Vaccination in the Punjab 1867-1880 - 1867-1880
Year: 1867
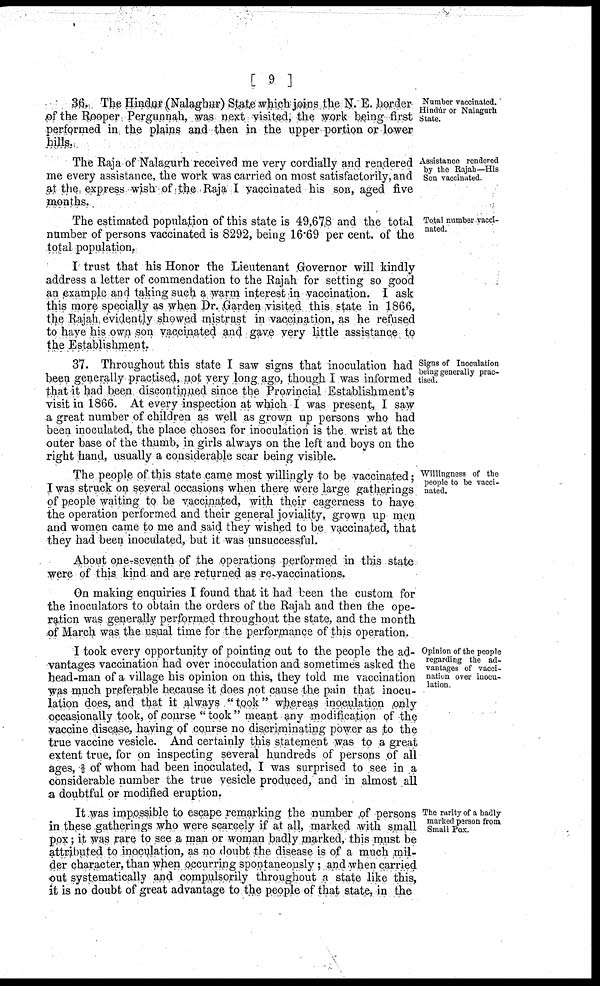
[ 9 ]
Number vaccinated.
Hindúr or Nalagurh
State.
36. The Hindur (Nalaghur) State which joins the N. E. border
of the Rooper Pergunnah, was next visited, the work being first
performed in the plains and then in the upper portion or lower
hills.
Assistance rendered
by the Rajah—His
Son vaccinated.
The Raja of Nalagurh received me very cordially and rendered
me every assistance, the work was carried on most satisfactorily, and
at the express wish of the Raja I vaccinated his son, aged five
months.
Total number vacci
nated.
The estimated population of this state is 49,678 and the total
number of persons vaccinated is 8292, being 16.69 per cent. of the
total population.
I trust that his Honor the Lieutenant Governor will kindly
address a letter of commendation to the Rajah for setting so good
an example and taking such a warm interest in vaccination. I ask
this more specially as when Dr. Garden visited this state in 1866,
the Rajah evidently showed mistrust in vaccination, as he refused
to have his own son vaccinated and gave very little assistance to
the Establishment.
Signs of Inoculation
being generally prac
tised.
37. Throughout this state I saw signs that inoculation had
been generally practised, not very long ago, though I was informed
that it had been discontinued since the Provincial Establishment's
visit in 1866. At every inspection at which I was present, I saw
a great number of children as well as grown up persons who had
been inoculated, the place chosen for inoculation is the wrist at the
outer base of the thumb, in girls always on the left and boys on the
right hand, usually a considerable scar being visible.
Willingness of the
people to be vacci
nated.
The people of this state came most willingly to be vaccinated;
I was struck on several occasions when there were large gatherings
of people waiting to be vaccinated, with their eagerness to have
the operation performed and their general joviality, grown up men
and women came to me and said they wished to be vaccinated, that
they had been inoculated, but it was unsuccessful.
About one-seventh of the operations performed in this state
were of this kind and are returned as re-vaccinations.
On making enquiries I found that it had been the custom for
the inoculators to obtain the orders of the Rajah and then the ope
ration was generally performed throughout the state, and the month
of March was the usual time for the performance of this operation.
Opinion of the people
regarding the ad
vantages of vacci
nation over inocu
lation.
I took every opportunity of pointing out to the people the ad
vantages vaccination had over inocculation and sometimes asked the
head-man of a village his opinion on this, they told me vaccination
was much preferable because it does not cause the pain that inocu
lation does, and that it always "took" whereas inoculation only
occasionally took, of course "took" meant any modification of the
vaccine disease, having of course no discriminating power as to the
true vaccine vesicle. And certainly this statement was to a great
extent true, for on inspecting several hundreds of persons of all
ages, ⅔ of whom had been inoculated, I was surprised to see in a
considerable number the true vesicle produced, and in almost all
a doubtful or modified eruption.
The rarity of a badly
marked person from
Small Pox.
It was impossible to escape remarking the number of persons
in these gatherings who were scarcely if at all, marked with small
pox; it was rare to see a man or woman badly marked, this must be
attributed to inoculation, as no doubt the disease is of a much mil
der character, than when occurring spontaneously ; and when carried
out systematically and compulsorily throughout a state like this,
it is no doubt of great advantage to the people of that state, in the